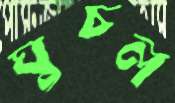
ঘুচল